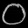
Digit: ၀